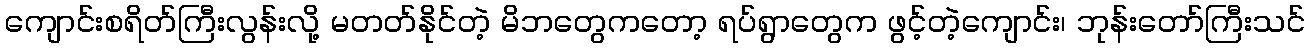
ကျောင်းစရိတ်ကြီးလွန်းလို့ မတတ်နိုင်တဲ့ မိဘတွေကတော့ ရပ်ရွာတွေက ဖွင့်တဲ့ကျောင်း၊ ဘုန်းတော်ကြီးသင်